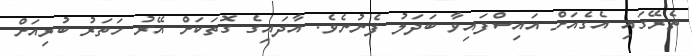
ތެރޭގައި އެގެއަށް އައިސްފައިވާ ބަދަލު ފެނުނެވެ. އާދައިގެ ގޮތަކަށް އޭރު ހަތަރު ބުރިއަށް